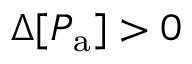
\Delta [ P _ { \mathrm { a } } ] > 0